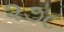
૨૭૮